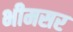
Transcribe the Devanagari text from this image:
भीमसर